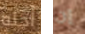
أجله إن